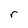
Character: r